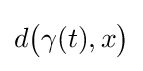
d{\big (}\gamma (t),x{\big )}